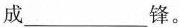
成___锋。